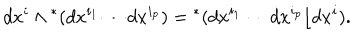
LaTeX: d x ^ { i } \wedge { } ^ { * } ( d x ^ { i _ { 1 } } \cdots d x ^ { i _ { p } } ) = { } ^ { * } ( d x ^ { i _ { 1 } } \cdots d x ^ { i _ { p } } \lfloor d x ^ { i } ) .